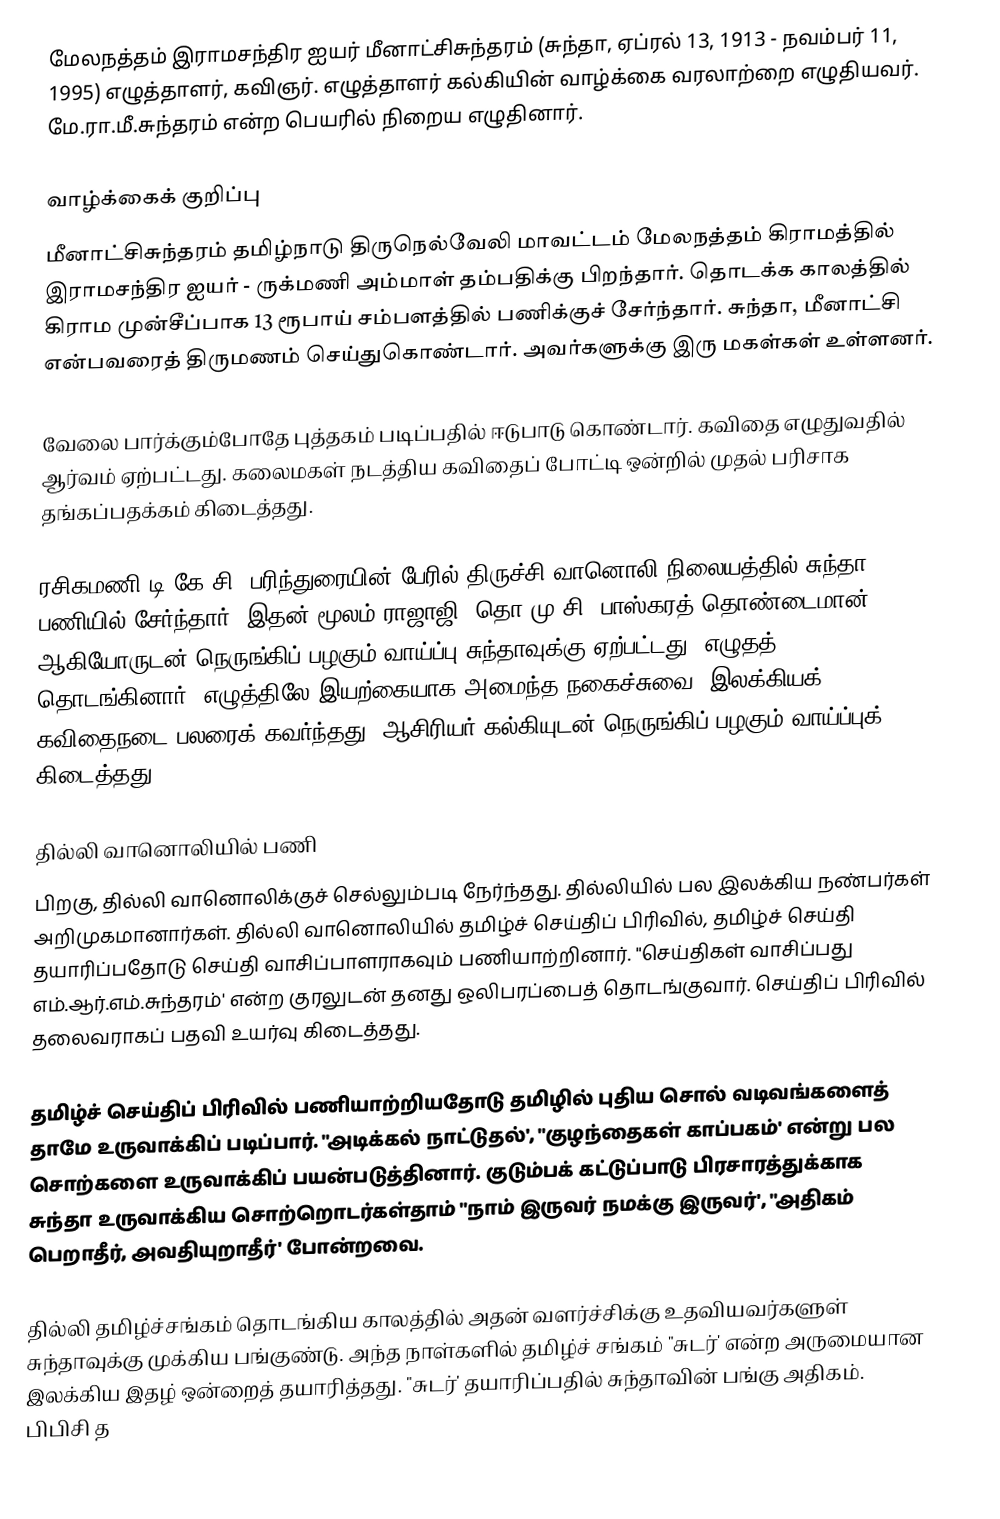
மேலநத்தம் இராமசந்திர ஐயர் மீனாட்சிசுந்தரம் (சுந்தா, ஏப்ரல் 13, 1913 - நவம்பர் 11, 1995) எழுத்தாளர், கவிஞர். எழுத்தாளர் கல்கியின் வாழ்க்கை வரலாற்றை எழுதியவர். மே.ரா.மீ.சுந்தரம் என்ற பெயரில் நிறைய எழுதினார்.

வாழ்க்கைக் குறிப்பு
மீனாட்சிசுந்தரம் தமிழ்நாடு திருநெல்வேலி மாவட்டம் மேலநத்தம் கிராமத்தில் இராமசந்திர ஐயர் - ருக்மணி அம்மாள் தம்பதிக்கு பிறந்தார். தொடக்க காலத்தில் கிராம முன்சீப்பாக 13 ரூபாய் சம்பளத்தில் பணிக்குச் சேர்ந்தார். சுந்தா, மீனாட்சி என்பவரைத் திருமணம் செய்துகொண்டார். அவர்களுக்கு இரு மகள்கள் உள்ளனர்.

வேலை பார்க்கும்போதே புத்தகம் படிப்பதில் ஈடுபாடு கொண்டார். கவிதை எழுதுவதில் ஆர்வம் ஏற்பட்டது. கலைமகள் நடத்திய கவிதைப் போட்டி ஒன்றில் முதல் பரிசாக தங்கப்பதக்கம் கிடைத்தது.

ரசிகமணி டி.கே.சி. பரிந்துரையின் பேரில் திருச்சி வானொலி நிலையத்தில் சுந்தா பணியில் சேர்ந்தார். இதன் மூலம் ராஜாஜி, தொ.மு.சி. பாஸ்கரத் தொண்டைமான் ஆகியோருடன் நெருங்கிப் பழகும் வாய்ப்பு சுந்தாவுக்கு ஏற்பட்டது. எழுதத் தொடங்கினார். எழுத்திலே இயற்கையாக அமைந்த நகைச்சுவை, இலக்கியக் கவிதைநடை பலரைக் கவர்ந்தது. ஆசிரியர் கல்கியுடன் நெருங்கிப் பழகும் வாய்ப்புக் கிடைத்தது.

தில்லி வானொலியில் பணி
பிறகு, தில்லி வானொலிக்குச் செல்லும்படி நேர்ந்தது. தில்லியில் பல இலக்கிய நண்பர்கள் அறிமுகமானார்கள். தில்லி வானொலியில் தமிழ்ச் செய்திப் பிரிவில், தமிழ்ச் செய்தி தயாரிப்பதோடு செய்தி வாசிப்பாளராகவும் பணியாற்றினார். "செய்திகள் வாசிப்பது எம்.ஆர்.எம்.சுந்தரம்' என்ற குரலுடன் தனது ஒலிபரப்பைத் தொடங்குவார். செய்திப் பிரிவில் தலைவராகப் பதவி உயர்வு கிடைத்தது.

தமிழ்ச் செய்திப் பிரிவில் பணியாற்றியதோடு தமிழில் புதிய சொல் வடிவங்களைத் தாமே உருவாக்கிப் படிப்பார். "அடிக்கல் நாட்டுதல்', "குழந்தைகள் காப்பகம்' என்று பல சொற்களை உருவாக்கிப் பயன்படுத்தினார். குடும்பக் கட்டுப்பாடு பிரசாரத்துக்காக சுந்தா உருவாக்கிய சொற்றொடர்கள்தாம் "நாம் இருவர் நமக்கு இருவர்', "அதிகம் பெறாதீர், அவதியுறாதீர்' போன்றவை.

தில்லி தமிழ்ச்சங்கம் தொடங்கிய காலத்தில் அதன் வளர்ச்சிக்கு உதவியவர்களுள் சுந்தாவுக்கு முக்கிய பங்குண்டு. அந்த நாள்களில் தமிழ்ச் சங்கம் "சுடர்' என்ற அருமையான இலக்கிய இதழ் ஒன்றைத் தயாரித்தது. "சுடர்' தயாரிப்பதில் சுந்தாவின் பங்கு அதிகம். பிபிசி த